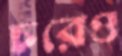
চরেও